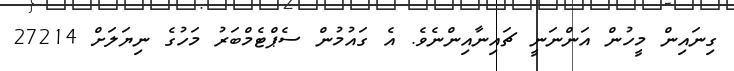
ގިނައިން މީހުން އަންނަނީ ޗައިނާއިންނެވެ. އެ ގައުމުން ސެޕްޓެމްބަރު މަހުގެ ނިޔަލަށް 27214